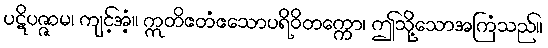
ပဋိပဇ္ဇာမ၊ ကျင့်အံ့။ ဣတိဧတံဧသောပရိဝိတက္ကော၊ ဤသို့သောအကြံသည်။